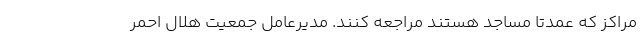
مراکز که عمدتاً مساجد هستند مراجعه کنند. مدیرعامل جمعیت هلال احمر